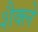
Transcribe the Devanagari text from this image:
शैक्ले